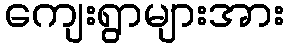
ကျေးရွာများအား